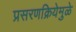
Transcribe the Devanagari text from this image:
प्रसरणक्रियेमुळे